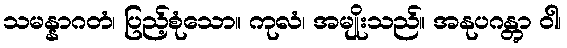
သမန္နာဂတံ၊ ပြည့်စုံသော။ ကုလံ၊ အမျိုးသည်။ အနုပဂန္တွာ ဝါ၊